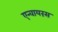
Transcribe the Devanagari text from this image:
एन्वायरंस